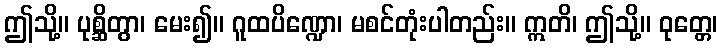
ဤသို့။ ပုစ္ဆိတွာ၊ မေး၍။ ဂူထပိဏ္ဍော၊ မစင်တုံးပါတည်း။ ဣတိ၊ ဤသို့။ ဝုတ္တေ၊